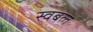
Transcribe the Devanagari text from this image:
स्वबल